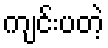
ကျင်းပတဲ့